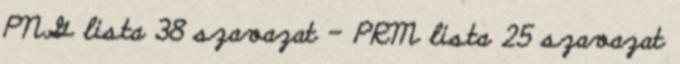
PNG lista 38 szavazat – PRM lista 25 szavazat